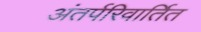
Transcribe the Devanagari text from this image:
अंतर्परिवार्तित